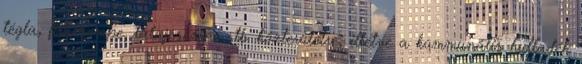
tégla, falicsempe, talajcsempe stb. közterületre, illetve a kommunális hulladék